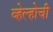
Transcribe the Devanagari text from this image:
व्हेल्होची